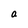
Character: a